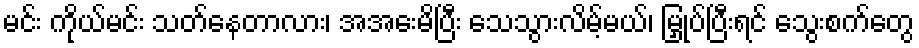
မင်း ကိုယ်မင်း သတ်နေတာလား၊ အအေးမိပြီး သေသွားလိမ့်မယ်၊ မြှုပ်ပြီးရင် သွေးစက်တွေ